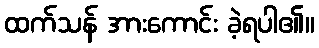
ထက်သန် အားကောင်း ခဲ့ရပါ၏။